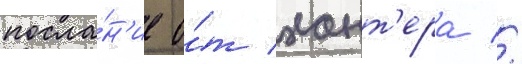
посла́н'ие о́т хант'ера //